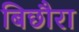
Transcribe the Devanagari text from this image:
बिछौरा